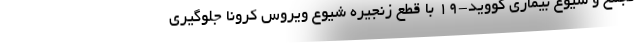
تجمع و شیوع بیماری کووید-۱۹ با قطع زنجیره شیوع ویروس کرونا جلوگیری